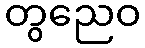
တွညေဝ